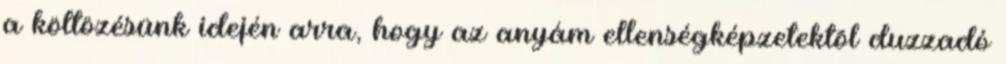
a költözésünk idején arra, hogy az anyám ellenségképzetektõl duzzadó